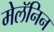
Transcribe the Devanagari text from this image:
मेलॅनिन